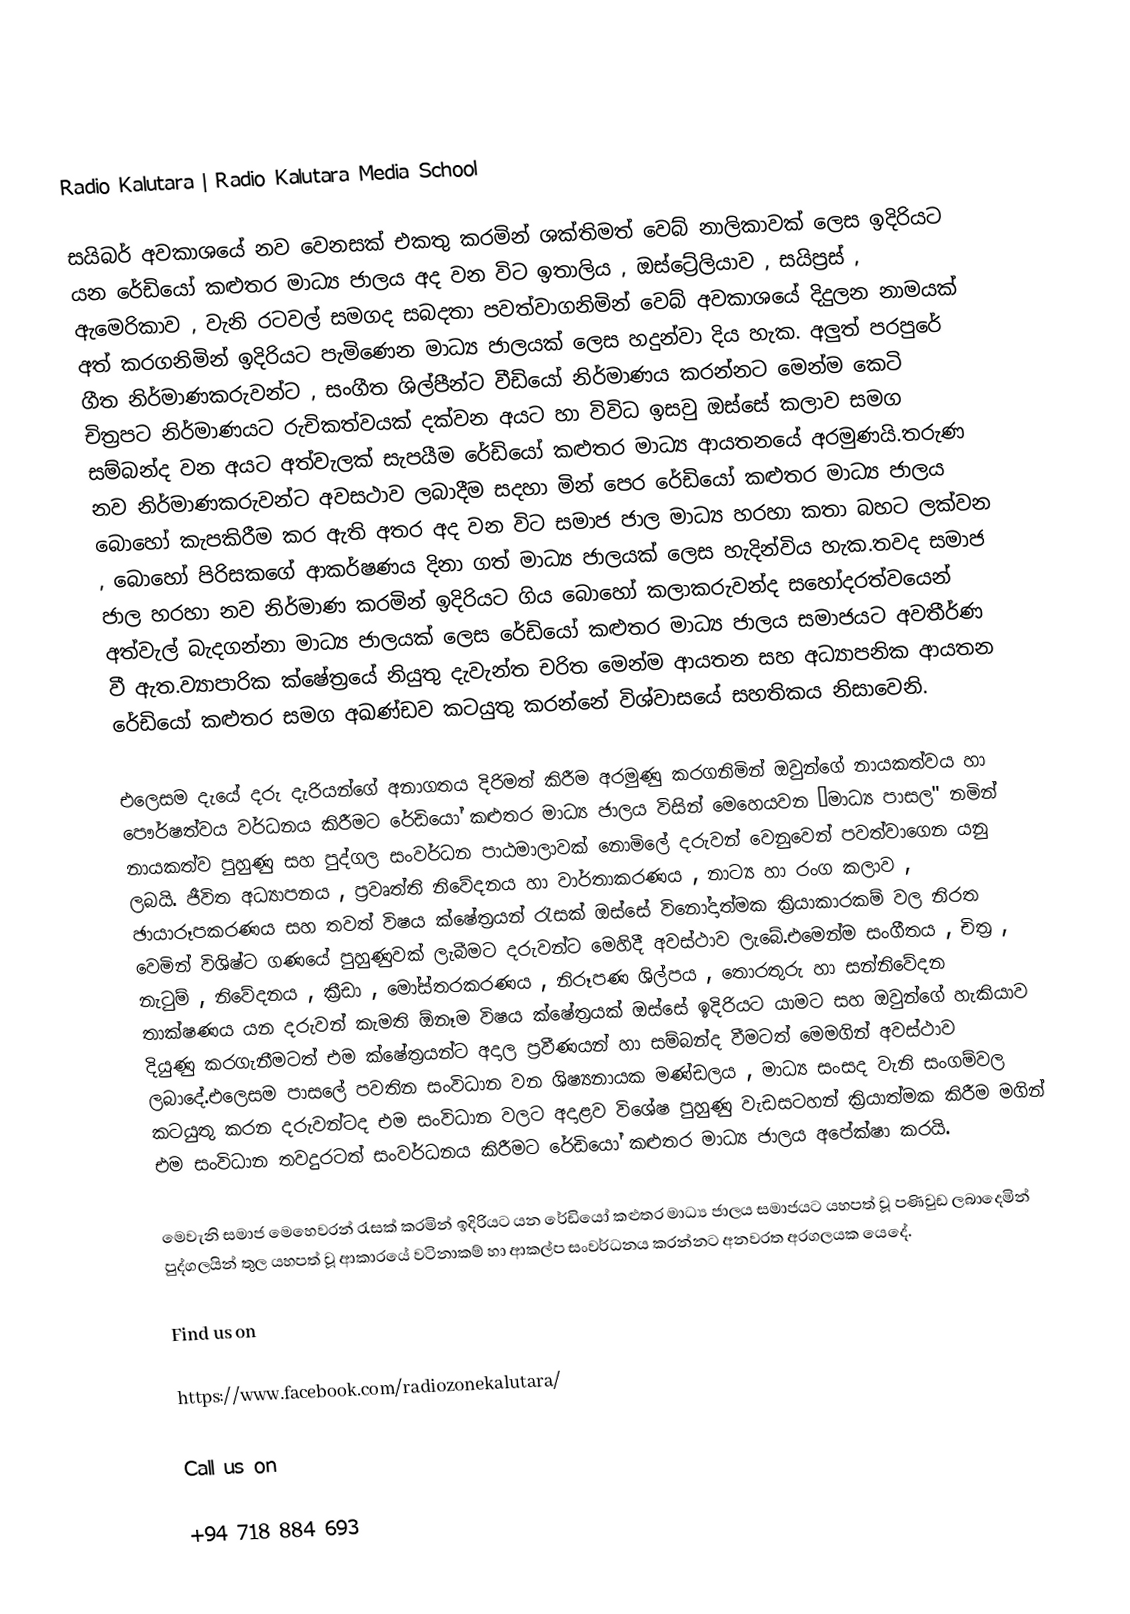

Radio Kalutara | Radio Kalutara Media School

සයිබර් අවකාශයේ නව වෙනසක් එකතු කරමින් ශක්තිමත් වෙබ් නාලිකාවක් ලෙස ඉදිරියට යන රේඩියෝ කළුතර මාධ්‍ය ජාලය අද වන විට ඉතාලිය , ඔස්ට්‍රේලියාව , සයිප්‍රස් , ඇමෙරිකාව , වැනි රටවල් සමගද සබදතා පවත්වාගනිමින් වෙබ් අවකාශයේ දිදුලන නාමයක් අත් කරගනිමින් ඉදිරියට පැමිණෙන මාධ්‍ය ජාලයක් ලෙස හදුන්වා දිය හැක. අලුත් පරපුරේ ගීත නිර්මාණකරුවන්ට , සංගීත ශිල්පීන්ට වීඩියෝ නිර්මාණය කරන්නට මෙන්ම කෙටි චිත්‍රපට නිර්මාණයට රුචිකත්වයක් දක්වන අයට හා විවිධ ඉසවු ඔස්සේ කලාව සමග සම්බන්ද වන අයට අත්වැලක් සැපයීම රේඩියෝ කළුතර මාධ්‍ය ආයතනයේ අරමුණයි.තරුණ නව නිර්මාණකරුවන්ට අවසථාව ලබාදීම සදහා මින් පෙර රේඩියෝ කළුතර මාධ්‍ය ජාලය බොහෝ කැපකිරීම කර ඇති අතර අද වන විට සමාජ ජාල මාධ්‍ය හරහා කතා බහට ලක්වන , බොහෝ පිරිසකගේ ආකර්ෂණය දිනා ගත් මාධ්‍ය ජාලයක් ලෙස හැදින්විය හැක.තවද සමාජ ජාල හරහා නව නිර්මාණ කරමින් ඉදිරියට ගිය බොහෝ කලාකරුවන්ද සහෝදරත්වයෙන් අත්වැල් බැදගන්නා මාධ්‍ය ජාලයක් ලෙස රේඩියෝ කළුතර මාධ්‍ය ජාලය සමාජයට අවතීර්ණ වී ඇත.ව්‍යාපාරික ක්ෂේත්‍රයේ නියුතු දැවැන්ත චරිත මෙන්ම ආයතන සහ අධ්‍යාපනික ආයතන රේඩියෝ කළුතර සමග අඛණ්ඩව කටයුතු කරන්නේ විශ්වාසයේ සහතිකය නිසාවෙනි.

එලෙසම දැයේ දරු දැරියන්ගේ අනාගතය දිරිමත් කිරීම අරමුණු කරගනිමින් ඔවුන්ගේ නායකත්වය හා පෞර්ෂත්වය වර්ධනය කිරීමට රේඩියෝ කළුතර මාධ්‍ය ජාලය විසින් මෙහෙයවන “මාධ්‍ය පාසල" නමින් නායකත්ව පුහුණු සහ පුද්ගල සංවර්ධන පාඨමාලාවක් නොමිලේ දරුවන් වෙනුවෙන් පවත්වාගෙන යනු ලබයි. ජීවිත අධ්‍යාපනය , ප්‍රවෘත්ති නිවේදනය හා වාර්තාකරණය , නාට්‍ය හා රංග කලාව , ඡායාරූපකරණය සහ තවත් විෂය ක්ෂේත්‍රයන් රැසක් ඔස්සේ විනෝදාත්මක ක්‍රියාකාරකම් වල නිරත වෙමින් විශිෂ්ට ගණයේ පුහුණුවක් ලැබීමට දරුවන්ට මෙහිදී අවස්ථාව ලැබේ.එමෙන්ම සංගීතය , චිත්‍ර , නැටුම් , නිවේදනය , ක්‍රීඩා , මෝස්‌තරකරණය , නිරූපණ ශිල්පය , තොරතුරු හා සන්නිවේදන තාක්ෂණය යන දරුවන් කැමති ඕනෑම විෂය ක්ෂේත්‍රයක් ඔස්සේ ඉදිරියට යාමට සහ ඔවුන්ගේ හැකියාව දියුණු කරගැනීමටත් එම ක්ෂේත්‍රයන්ට අදාල ප්‍රවීණයන් හා සම්බන්ද වීමටත් මෙමගින් අවස්ථාව ලබාදේ.එලෙසම පාසලේ පවතින සංවිධාන වන ශිෂ්‍යනායක මණ්ඩලය , මාධ්‍ය සංසද වැනි සංගම්වල කටයුතු කරන දරුවන්ටද එම සංවිධාන වලට අදාළව විශේෂ පුහුණු වැඩසටහන් ක්‍රියාත්මක කිරීම මගින් එම සංවිධාන තවදුරටත් සංවර්ධනය කිරීමට රේඩියෝ කළුතර මාධ්‍ය ජාලය අපේක්ෂා කරයි.

මෙවැනි සමාජ මෙහෙවරන් රැසක් කරමින් ඉදිරියට යන රේඩියෝ කළුතර මාධ්‍ය ජාලය සමාජයට යහපත් වූ පණිවුඩ ලබාදෙමින් පුද්ගලයින් තුල යහපත් වූ ආකාරයේ වටිනාකම් හා ආකල්ප සංවර්ධනය කරන්නට අනවරත අරගලයක යෙදේ.

Find us on

https://www.facebook.com/radiozonekalutara/

Call us on

+94 718 884 693